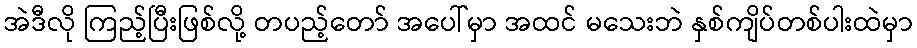
အဲဒီလို ကြည့်ပြီးဖြစ်လို့ တပည့်တော် အပေါ်မှာ အထင် မသေးဘဲ နှစ်ကျိပ်တစ်ပါးထဲမှာ